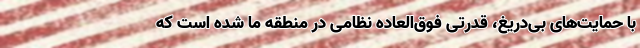
با حمایت‌های بی‌دریغ، قدرتی فوق‌العاده نظامی در منطقه ما شده است که